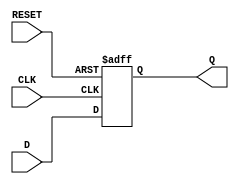
module d_flip_flop (
    input D,
    input CLK,
    input RESET,
    output reg Q
);

always @(posedge CLK or posedge RESET)
begin
    if (RESET)
        Q <= 1'b0; // Asynchronously reset the flip-flop to predefined state
    else
        Q <= D; // Store input data when clock transitions from low to high
end

endmodule